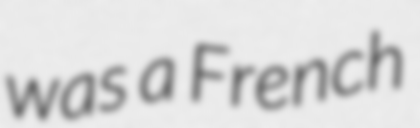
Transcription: was a French